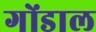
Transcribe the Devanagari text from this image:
गोंडाल